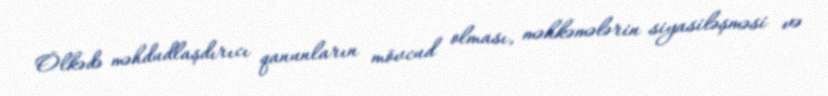
Ölkədə məhdudlaşdırıcı qanunların mövcud olması, məhkəmələrin siyasiləşməsi və